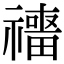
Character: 𥜑